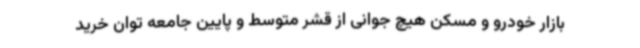
بازار خودرو و مسکن هیچ جوانی از قشر متوسط و پایین جامعه توان خرید